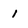
Character: 1